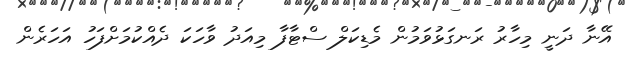
އޭނާ ދަނީ މިހާރު ރަނގަޅުވަމުން މެޑިކަލް ސްޓާފާ މިއަދު ވާހަކަ ދެއްކުމަށްފަހު އަހަރެން